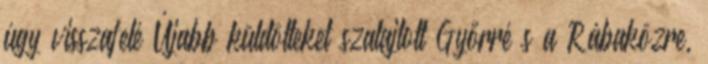
úgy visszafelé Újabb küldötteket szalajtott Győrré s a Rábaközre,